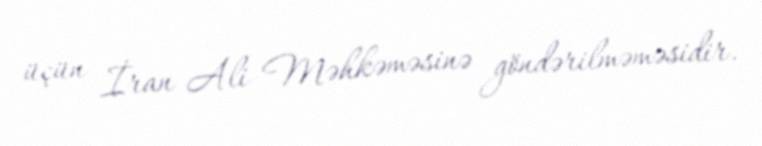
üçün İran Ali Məhkəməsinə göndərilməməsidir.